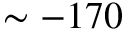
\sim - 1 7 0